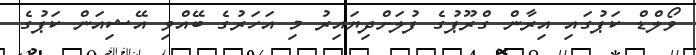
ވޯލްޑް ކަޕުގައި އިރާން ގްރޫޕުގެ ފުލަށްދިޔައިރު މި އަހަރުގެ ބޭއްވި އޭޝިއަން ކަޕުގެ